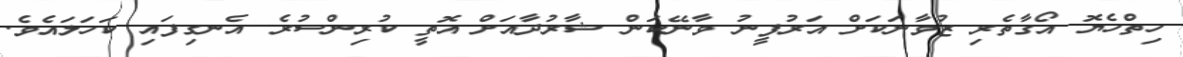
ހިތްހެޔޮ އޯގާތެރި ޒުވާނަކަށް އަރުފީނު ވާނޭކަން ޝާރުދާއަށް އޮތީ ކުރިންސުރެ އެނގިފައި ކަހަލައެވެ.